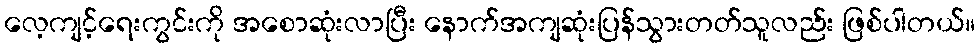
လေ့ကျင့်ရေးကွင်းကို အစောဆုံးလာပြီး နောက်အကျဆုံးပြန်သွားတတ်သူလည်း ဖြစ်ပါတယ်။